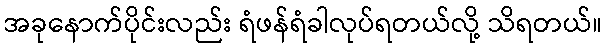
အခုနောက်ပိုင်းလည်း ရံဖန်ရံခါလုပ်ရတယ်လို့ သိရတယ်။